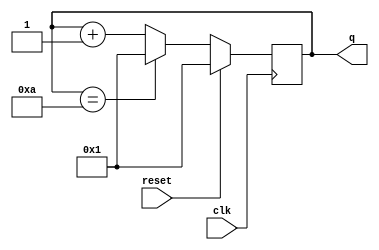
module top_module (
    input clk,
    input reset,      
    output reg [3:0] q);

    always @(posedge clk)begin
        if(reset) 
            q<=4'd1;

        else if(q==4'd10) 
            q<=4'd1;

        else 
            q<=q+1;
    end
    
endmodule